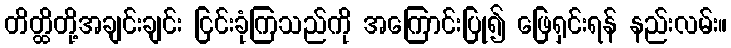
တိတ္ထိတို့အချင်းချင်း ငြင်းခုံကြသည်ကို အကြောင်းပြု၍ ဖြေရှင်းရန် နည်းလမ်း။